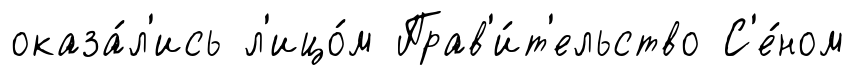
оказа́л'ись л'ицо́м Прав'и́т'ельство С'е́ном